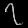
Digit: ၇